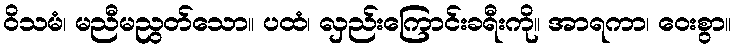
ဝိသမံ၊ မညီမညွတ်သော။ ပထံ၊ လှည်းကြောင်းခရီးကို။ အာရကာ၊ ဝေးစွာ။